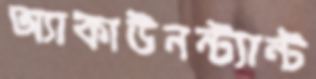
অ্যাকাউনন্ট্যান্ট